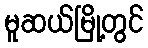
မူဆယ်မြို့တွင်